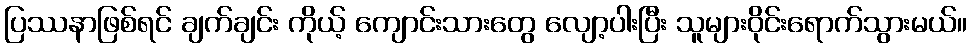
ပြဿနာဖြစ်ရင် ချက်ချင်း ကိုယ့် ကျောင်းသားတွေ လျော့ပါးပြီး သူများဝိုင်းရောက်သွားမယ်။